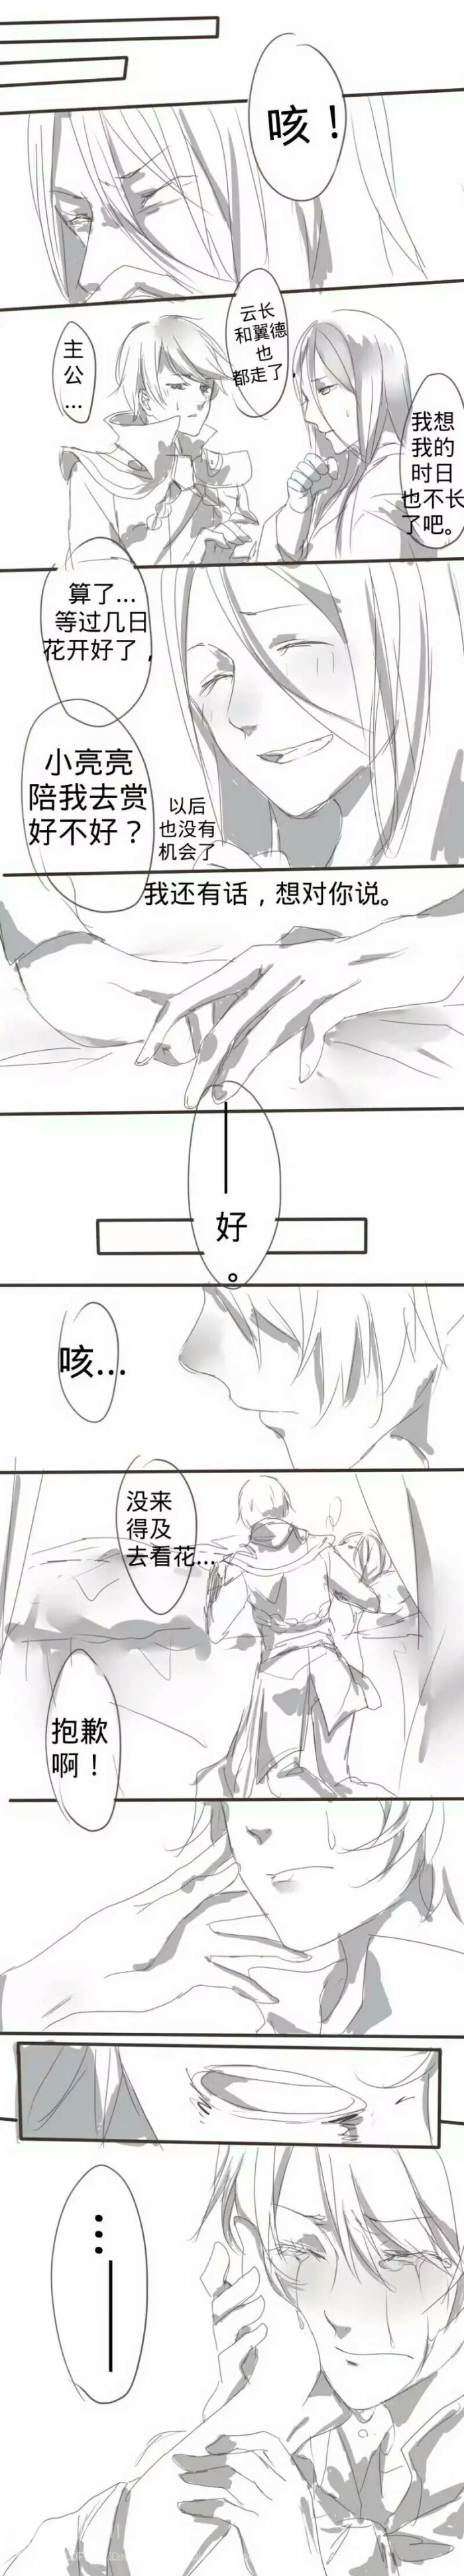
出师一表真名世，千载谁堪伯仲间！